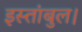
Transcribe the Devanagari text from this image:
इस्तांबुल।